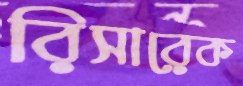
রিসারেক